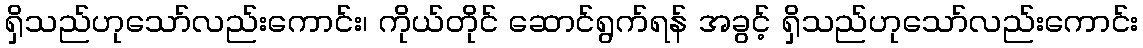
ရှိသည်ဟုသော်လည်းကောင်း၊ ကိုယ်တိုင် ဆောင်ရွက်ရန် အခွင့် ရှိသည်ဟုသော်လည်းကောင်း